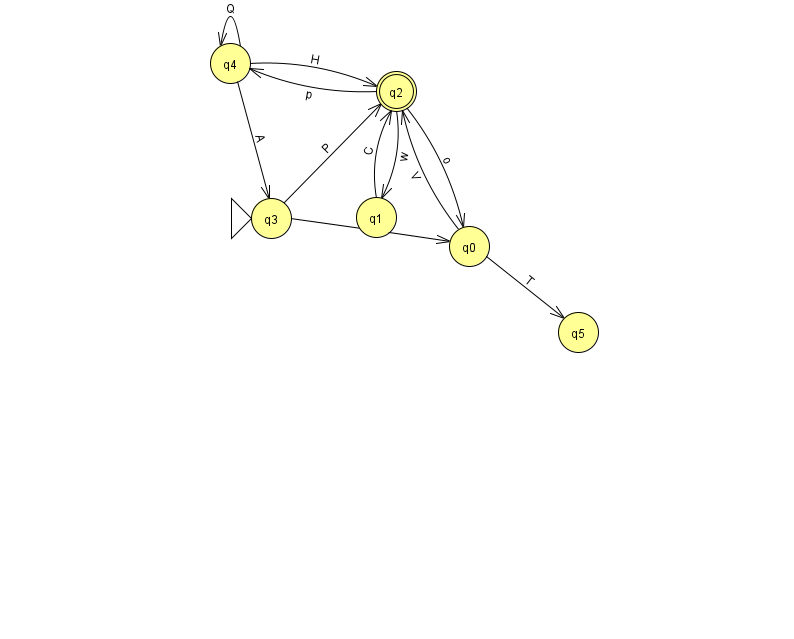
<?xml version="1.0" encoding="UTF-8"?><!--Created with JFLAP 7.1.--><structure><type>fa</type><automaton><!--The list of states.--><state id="0" name="q0"><x>469.0</x><y>233.0</y></state><state id="1" name="q1"><x>376.0</x><y>204.0</y></state><state id="2" name="q2"><x>396.0</x><y>78.0</y><final/></state><state id="3" name="q3"><x>271.0</x><y>205.0</y><initial/></state><state id="4" name="q4"><x>230.0</x><y>50.0</y></state><state id="5" name="q5"><x>578.0</x><y>319.0</y></state><!--The list of transitions.--><transition><from>1</from><to>2</to><read>C</read></transition><transition><from>4</from><to>4</to><read>Q</read></transition><transition><from>2</from><to>0</to><read>o</read></transition><transition><from>2</from><to>4</to><read>p</read></transition><transition><from>2</from><to>1</to><read>w</read></transition><transition><from>4</from><to>3</to><read>A</read></transition><transition><from>0</from><to>2</to><read>V</read></transition><transition><from>3</from><to>2</to><read>P</read></transition><transition><from>4</from><to>2</to><read>H</read></transition><transition><from>3</from><to>0</to><read>X</read></transition><transition><from>0</from><to>5</to><read>T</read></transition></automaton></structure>